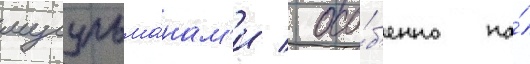
мусульма́нам'и / осо́б'енно на́